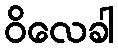
ဝိလေခါ